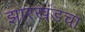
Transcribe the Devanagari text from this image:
झारखंडचा